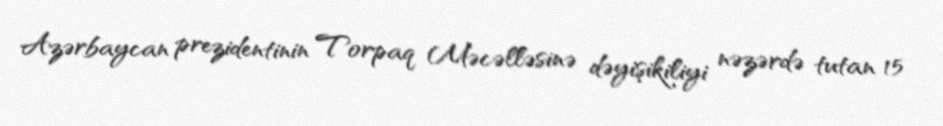
Azərbaycan prezidentinin Torpaq Məcəlləsinə dəyişikiliyi nəzərdə tutan 15